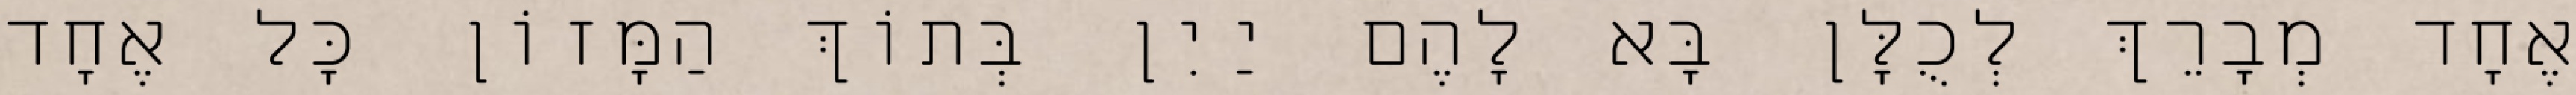
אֶחָד מְבָרֵךְ לְכֻלָּן בָּא לָהֶם יַיִן בְּתוֹךְ הַמָּזוֹן כָּל אֶחָד